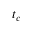
t _ { c }